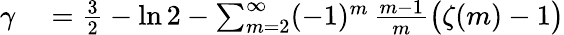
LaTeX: \begin{array}{rl}{\gamma}&{{}={\frac{3}{2}}-\ln 2-\sum_{m=2}^{\infty}(-1)^{m}\, {\frac{m-1}{m}}{\big(}\zeta(m)-1{\big)}}\end{array}